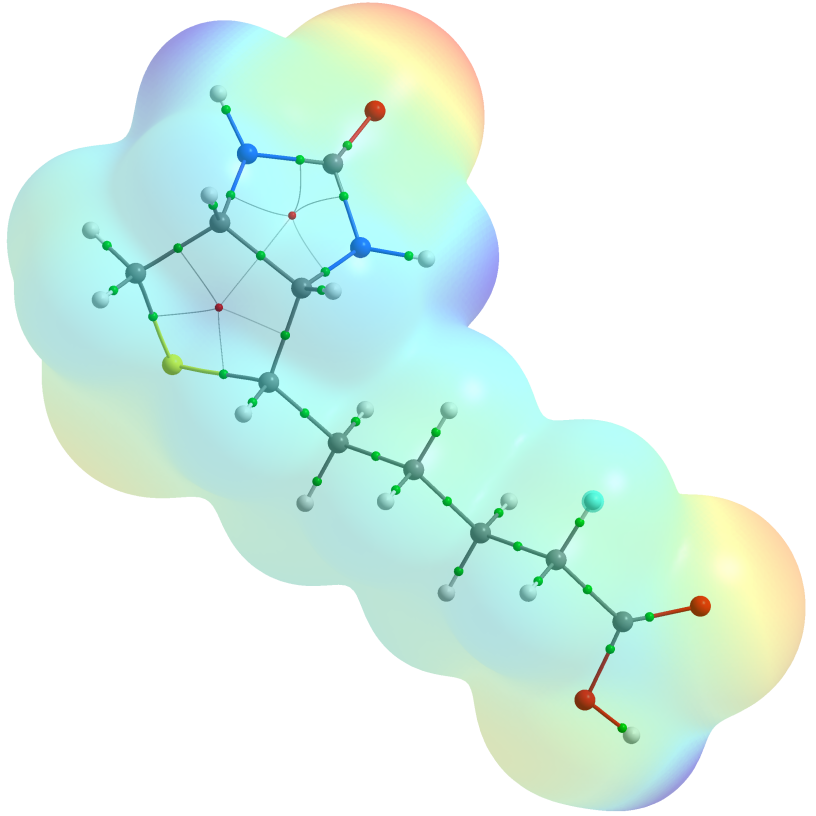
aimaii, QTAIM, surface